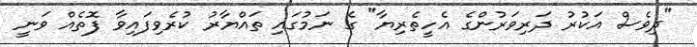
"ދިވެސް އަކުރު ދަރިވަރުންގެ އެހީތެރިޔާ" ގެ ނަމުގައި ތައްޔާރު ކުރެވިފައިވާ ފޮތެއް ވަނީ